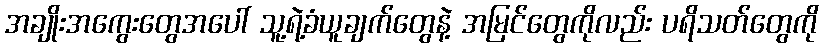
အချိုးအကွေးတွေအပေါ် သူ့ရဲ့ခံယူချက်တွေနဲ့ အမြင်တွေကိုလည်း ပရိသတ်တွေကို